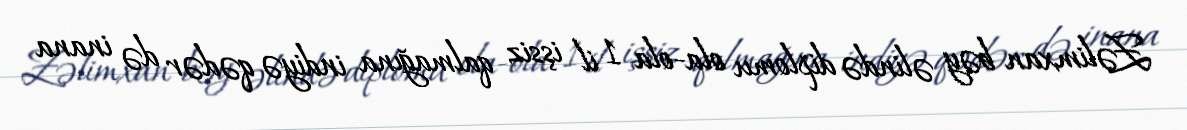
Zəlimxan bəy əlində diplomu ola-ola 1 il işsiz qalmağına indiyə qədər də inana